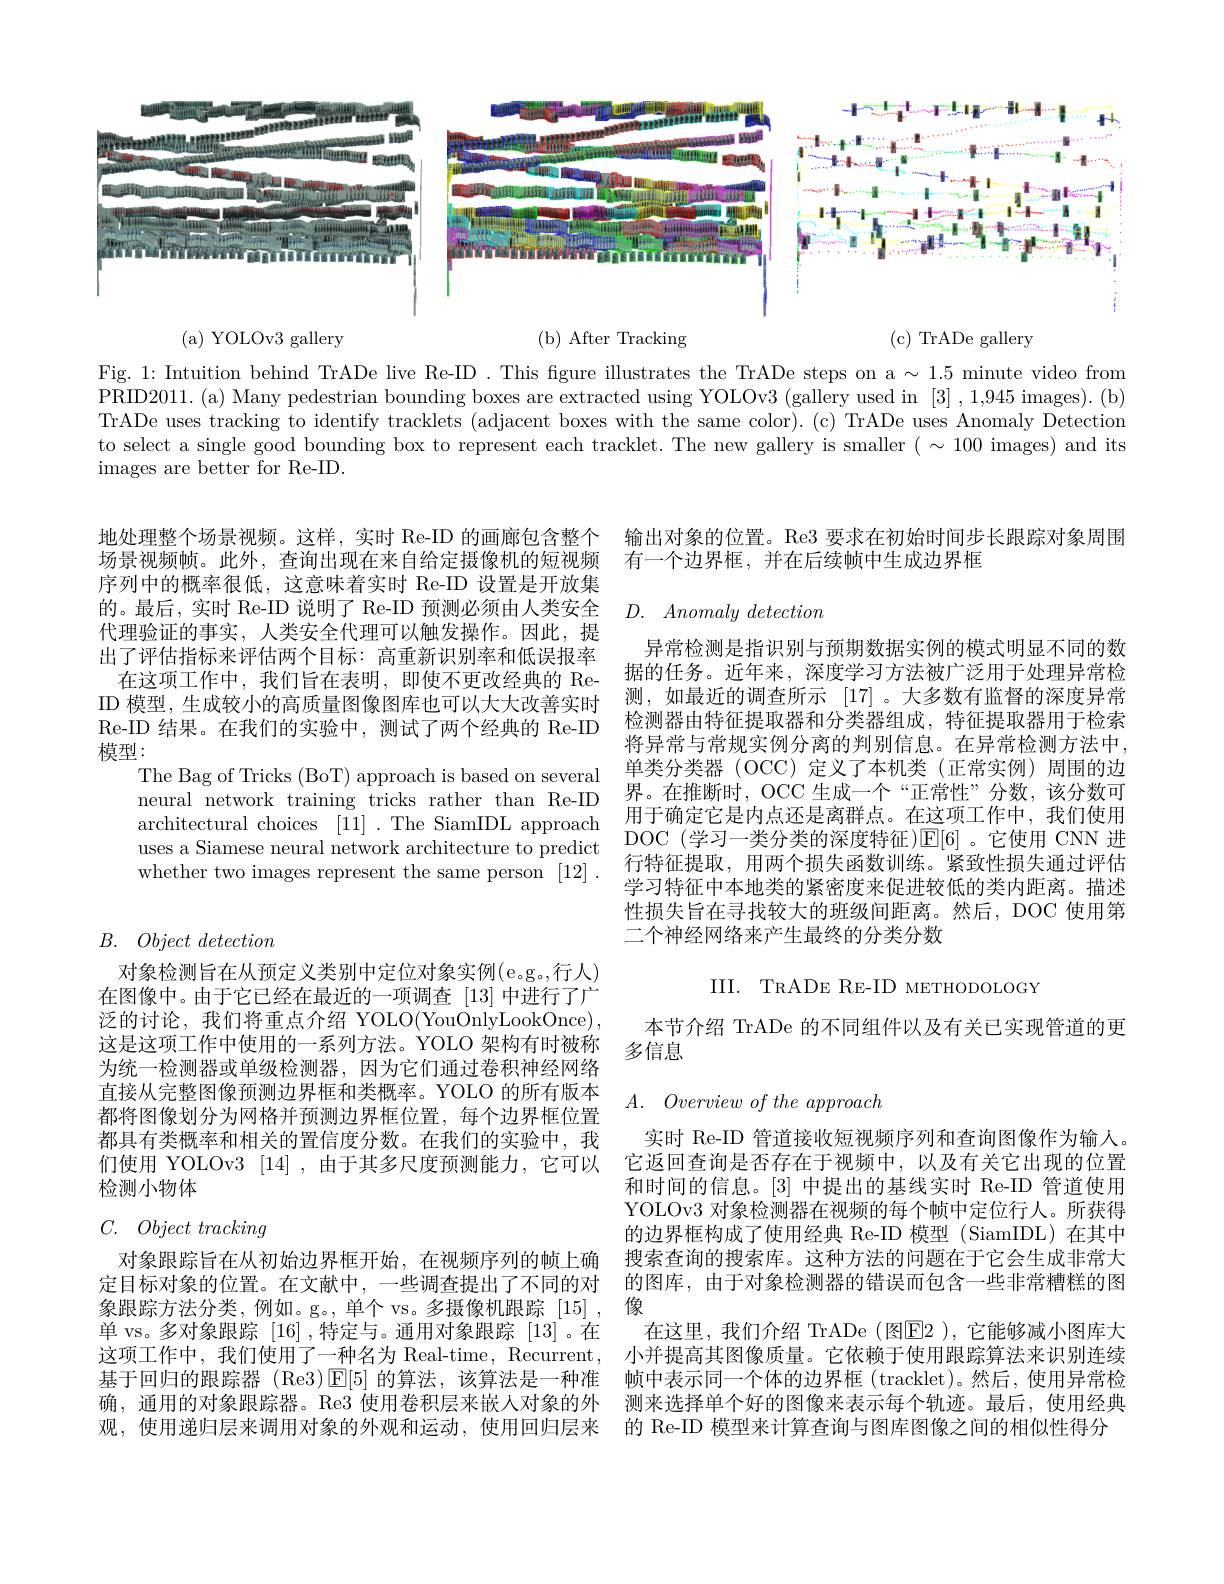
<FigureHere>

( b) After Tracking

(c)TrADe gallery

( a) YOLOv3 gallery

Fig. 1: Intuition behind TrADe live Re-ID . This fgure illustrates the TrADe steps on a $\sim1.5$ minute video from PRID2011.(a) Many pedestrian bounding boxes are extracted using YOLOv3 (gallery used in [3] ,1,945 images).(b) TrADe uses tracking to identify tracklets (adjacent boxes with the same color). (c) TrADe uses Anomaly Detection to select a single good bounding box to represent each tracklet. The new gallery is smaller $(\sim100$ images) and its images are better for Re-ID.

地处理整个场景视频。这样，实时 Re-ID 的画廊包含整个 输出对象的位置。Re3 要求在初始时间步长跟踪对象周围
有一个边界框，并在后续帧中生成边界框

## $D.$ $Anomaly\textit{ detection}$

场景视频帧。此外，查询出现在来自给定摄像机的短视频序列中的概率很低，这意味着实时 Re-ID 设置是开放集的。最后，实时 Re-ID 说明了 Re-ID 预测必须由人类安全代理验证的事实，人类安全代理可以触发操作。因此，提出了评估指标来评估两个目标：高重新识别率和低误报率
在这项工作中，我们旨在表明，即使不更改经典的 ReID 模型，生成较小的高质量图像图库也可以大大改善实时Re-ID 结果。在我们的实验中，测试了两个经典的 Re-ID 模型：
The Bag of Tricks (BoT) approach is based on several neural network training tricks rather than Re-ID architectural choices [11] .The SiamIDL approach uses a Siamese neural network architecture to predict whether two images represent the same person [12].

异常检测是指识别与预期数据实例的模式明显不同的数据的任务。近年来，深度学习方法被广泛用于处理异常检测，如最近的调查所示[17] 。大多数有监督的深度异常检测器由特征提取器和分类器组成，特征提取器用于检索将异常与常规实例分离的判别信息。在异常检测方法中单类分类器 (OCC)定义了本机类(正常实例)周围的边界。在推断时，OCC 生成一个“正常性”分数，该分数可用于确定它是内点还是离群点。在这项工作中，我们使用DOC(学习一类分类的深度特征)$\operatorname{E}[6]$。它使用 CNN 进行特征提取，用两个损失函数训练。紧致性损失通过评估学习特征中本地类的紧密度来促进较低的类内距离。描述性损失旨在寻找较大的班级间距离。然后，DOC 使用第二个神经网络来产生最终的分类分数

# $B.$ $Object\textit{detection}$

III. TRADE RE-ID METHODOLOGY

本节介绍 TrADe 的不同组件以及有关已实现管道的更
多信息

对象检测旨在从预定义类别中定位对象实例(e.g。,行人) 在图像中。由于它已经在最近的一项调查 [13]中进行了广泛的讨论，我们将重点介绍 YOLO(YouOnlyLookOnce), 这是这项工作中使用的一系列方法。YOLO 架构有时被称为统一检测器或单级检测器，因为它们通过卷积神经网络直接从完整图像预测边界框和类概率。YOLO 的所有版本都将图像划分为网格并预测边界框位置，每个边界框位置都具有类概率和相关的置信度分数。在我们的实验中，我们使用 YOLOv3 [14],由于其多尺度预测能力，它可以检测小物体

$A.$ $Overview\textit{ of the approach}$

# $C.$ $Object\textit{ tracking}$

实时 Re-ID 管道接收短视频序列和查询图像作为输入。它返回查询是否存在于视频中，以及有关它出现的位置和时间的信息。[3]中提出的基线实时 Re-ID 管道使用YOLOv3 对象检测器在视频的每个帧中定位行人。所获得的边界框构成了使用经典 Re-ID 模型 (SiamIDL)在其中
对象跟踪旨在从初始边界框开始，在视频序列的帧上确 搜索查询的搜索库。这种方法的问题在于它会生成非常大定目标对象的位置。在文献中，一些调查提出了不同的对 的图库，由于对象检测器的错误而包含一些非常糟糕的图单 vs。多对象跟踪 [16] ,特定与。通用对象跟踪 [13] 。在 在这里，我们介绍 TrADe (图$\boxed{\mathrm{E}}2$ ),它能够减小图库大这项工作中，我们使用了一种名为 Real-time, Recurrent, 小并提高其图像质量。它依赖于使用跟踪算法来识别连续基于回归的跟踪器 (Re3)$\operatorname{E}[5]$的算法，该算法是一种准 帧中表示同一个体的边界框 (tracklet)。然后，使用异常检确，通用的对象跟踪器。Re3 使用卷积层来嵌人对象的外 测来选择单个好的图像来表示每个轨迹。最后，使用经典观，使用递归层来调用对象的外观和运动，使用回归层来 的 Re-ID 模型来计算查询与图库图像之间的相似性得分

象跟踪方法分类，例如。g。,单个 vs。多摄像机跟踪[15],像